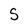
Character: S